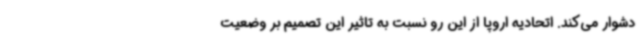
دشوار می‌کند. اتحادیه اروپا از این رو نسبت به تاثیر این تصمیم بر وضعیت